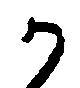
か